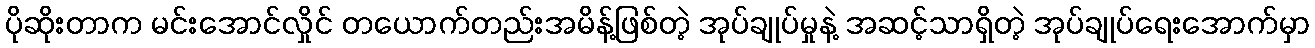
ပိုဆိုးတာက မင်းအောင်လှိုင် တယောက်တည်းအမိန့်ဖြစ်တဲ့ အုပ်ချုပ်မှုနဲ့ အဆင့်သာရှိတဲ့ အုပ်ချုပ်ရေးအောက်မှာ